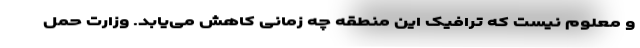
و معلوم نیست که ترافیک این منطقه چه زمانی کاهش می‌یابد. وزارت حمل